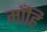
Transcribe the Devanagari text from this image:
माँहि